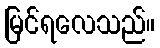
မြင်ရလေသည်။